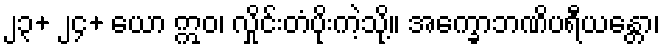
၂၃+ ၂၄+ ယော ဣဝ၊ လှိုင်းတံပိုးကဲ့သို့။ အက္ခောဘဏိပရီယန္တော၊